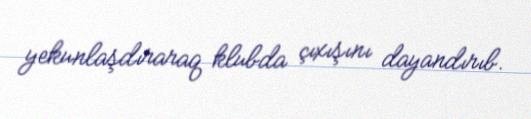
yekunlaşdıraraq klubda çıxışını dayandırıb.